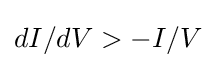
dI/dV>-I/V